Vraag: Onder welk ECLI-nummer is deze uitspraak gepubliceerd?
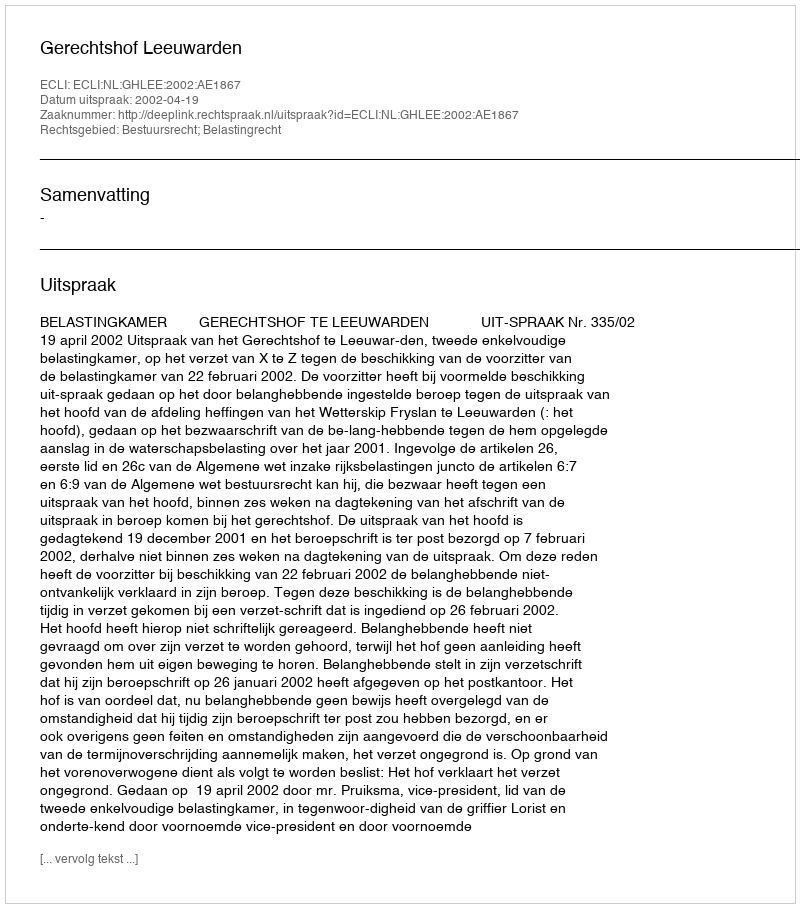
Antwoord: ECLI:NL:GHLEE:2002:AE1867